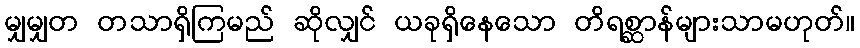
မျှမျှတ တသာရှိကြမည် ဆိုလျှင် ယခုရှိနေသော တိရစ္ဆာန်များသာမဟုတ်။